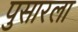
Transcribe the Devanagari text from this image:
पुसारला